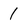
Character: 1